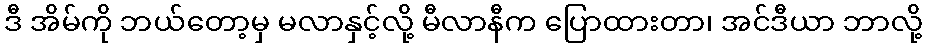
ဒီ အိမ်ကို ဘယ်တော့မှ မလာနှင့်လို့ မီလာနီက ပြောထားတာ၊ အင်ဒီယာ ဘာလို့